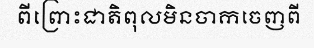
ពីព្រោះជាតិពុលមិនចាកចេញពី